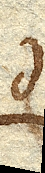
d.